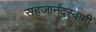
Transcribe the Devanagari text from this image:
सहजानंदस्वामी